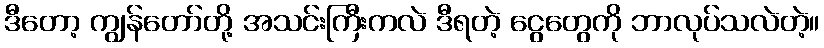
ဒီတော့ ကျွန်တော်တို့ အသင်းကြီးကလဲ ဒီရတဲ့ ငွေတွေကို ဘာလုပ်သလဲတဲ့။